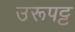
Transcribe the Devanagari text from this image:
उरूपट्ट